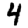
Digit: 4